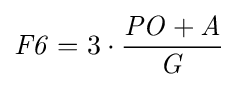
{\mathit {F6}}=3\cdot {{\mathit {PO}}+{\mathit {A}} \over {\mathit {G}}}